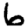
Digit: 6